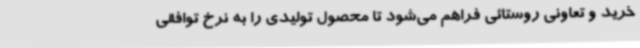
خرید و تعاونی روستائی فراهم می‌شود تا محصول تولیدی را به نرخ توافقی